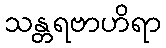
သန္တရဗာဟိရာ